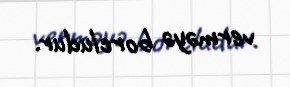
verməyə borcludur.